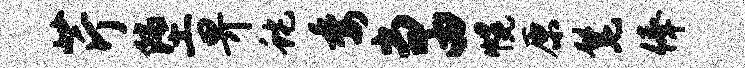
芹堕畀蛇委当由幌原髦俸